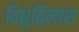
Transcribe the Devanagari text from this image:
विद्युद्विलास